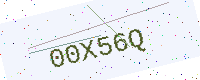
Text: 00X56Q